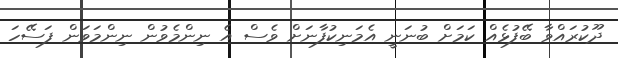
ދޫކުރައްވާ ބޭފުޅެއް ކަމަށް ބުނަނީ އެމަނިކުފާނަށް ވެސް އެ ނިންމެވުން ނިންމަވަން ފަސޭހަ